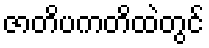
ဇာတိပကတိထဲတွင်